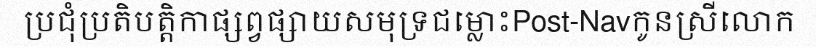
ប្រជុំប្រតិបត្តិកាផ្សព្វផ្សាយសមុទ្រជម្លោះPost-Navកូនស្រីលោក